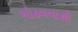
ગોઠવવાથી